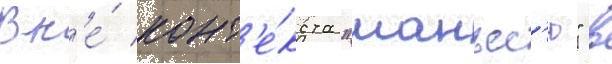
Вн'е́ конт'е́кста "манъес'ю" в